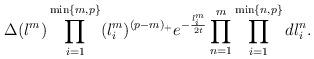
LaTeX: \begin{align*}\Delta(l^m) \prod_{i = 1}^{\min\{m, p\}}(l^m_i)^{(p - m)_+} e^{-\frac{l_i^m}{2t}} \prod_{n = 1}^m \prod_{i = 1}^{\min\{n, p\}} dl^n_i.\end{align*}